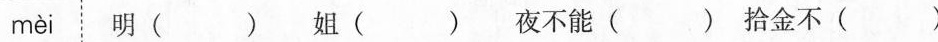
mèi 明()姐()夜不能()拾金不()